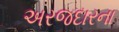
અરજદારના